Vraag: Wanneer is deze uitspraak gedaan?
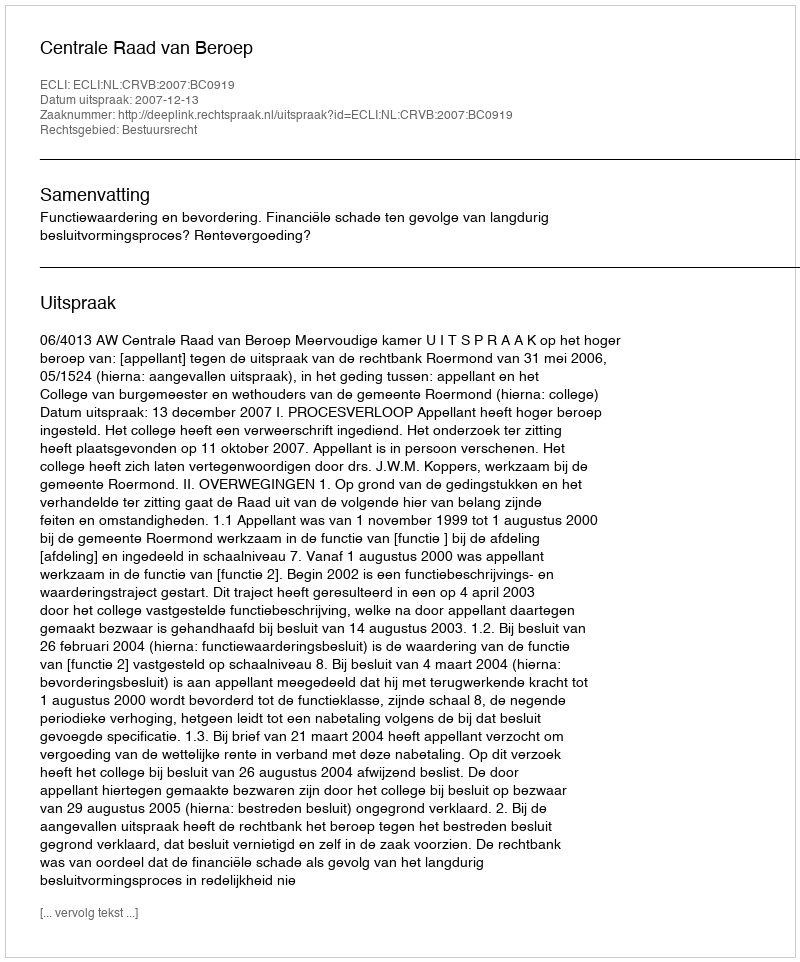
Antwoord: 2007-12-13